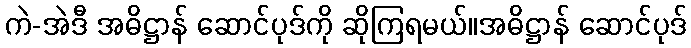
ကဲ-အဲဒီ အဓိဋ္ဌာန် ဆောင်ပုဒ်ကို ဆိုကြရမယ်။အဓိဋ္ဌာန် ဆောင်ပုဒ်